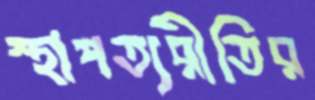
স্থাপত্যরীতির